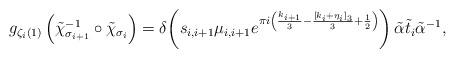
LaTeX: \begin{align*} g_{\zeta_i(1)}\left( \tilde{\chi}_{\sigma_{i+1}}^{-1} \circ \tilde{\chi}_{\sigma_i} \right) = \delta\!\left( s_{i,i+1}\mu_{i,i+1} e^{\pi i\left( \frac{k_{i+1}}{3} - \frac{[k_i + \eta_i]_3}{3} + \frac{1}{2} \right)} \right) \tilde{\alpha} \tilde{t}_i\tilde{\alpha}^{-1}, \end{align*}